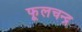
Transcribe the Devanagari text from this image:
फूलचन्द्र